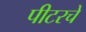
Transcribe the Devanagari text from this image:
पीटरचे